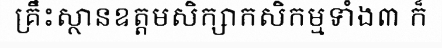
គ្រឹះស្ថានឧត្តមសិក្សាកសិកម្មទាំង៣ ក៏